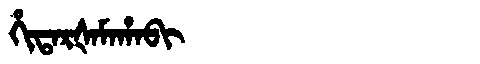
Manchu: ᡥᡳᡨᠠᡵᡧᠠᠮᠠᡥᠠᠪᡳ
Romanization: HITARŠAMAHABI